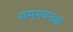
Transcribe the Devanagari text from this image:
सम्भवनओं